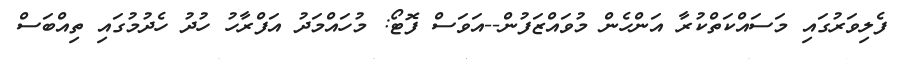
ފެލިވަރުގައި މަސައްކަތްކުރާ އަންހެން މުވައްޒަފުން--އަވަސް ފޮޓޯ: މުހައްމަދު އަފްރާހު ހުދު ހެދުމުގައި ތިއްބަސް